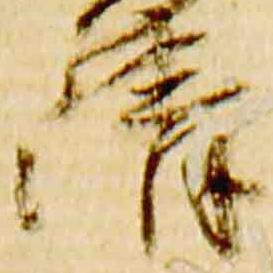
清